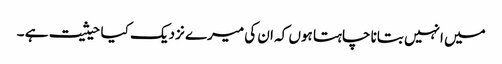
میں انہیں بتانا چاہتا ہوں کہ ان کی میرے نزدیک کیا حیثیت ہے ۔